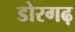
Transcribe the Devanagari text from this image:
डोरगढ़